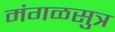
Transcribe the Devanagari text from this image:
मंगळसुत्र